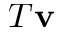
T \mathbf { v }